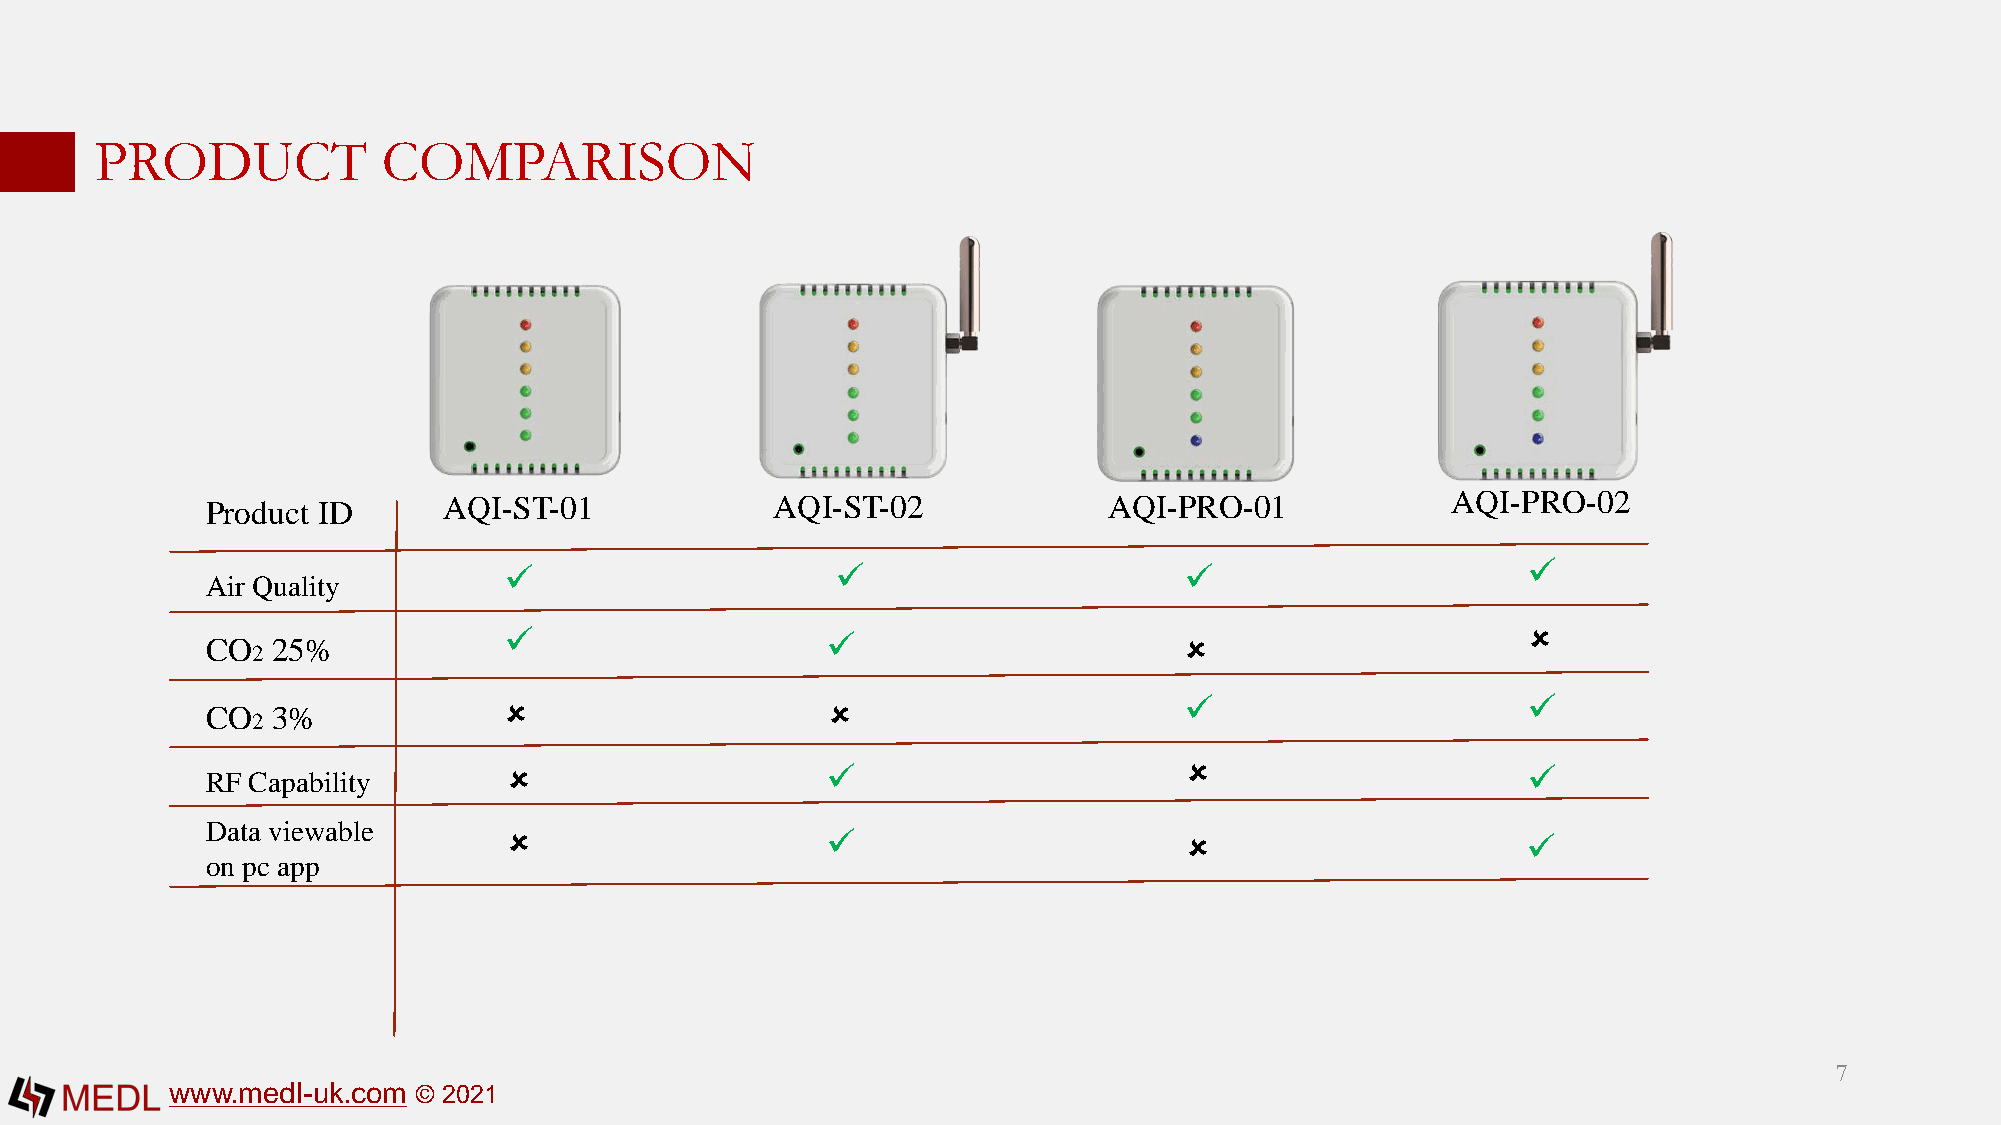
PRODUCT            COMPARISON
 Product ID     AQI-ST-01             AQI-ST-02             AQI-PRO-01             AQI-PRO-02
                                                                  
 Air Quality
 CO  25%                                                                             
 2
                                                                  
 CO  3%
 2
                                                                 
 RF Capability
 Data viewable                                                                       
 on pc app
 7
 www.medl-uk.com © 2021